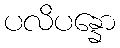
ပလိပန္နော